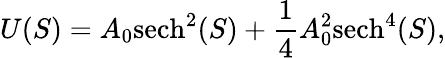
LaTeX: U(S)=A_{0}\mathrm{sech}^{2}(S)+\frac{1}{4}A_{0}^{2}\mathrm{sech}^{4}(S),